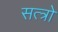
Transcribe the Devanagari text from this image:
सत्त्रो